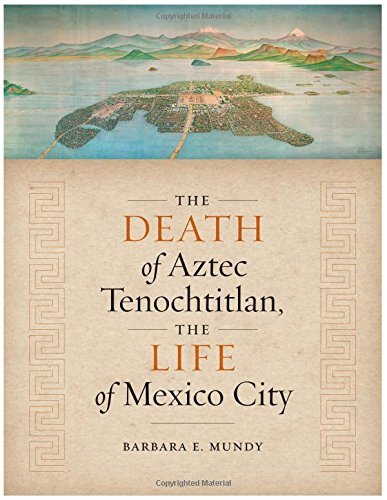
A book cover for The Death of Aztec Tenochtitlan, the Life of Mexico City (Joe R. and Teresa Lozano Long Series in Latin American and L); Barbara E. Mundy; History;